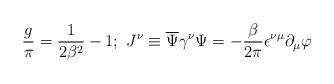
LaTeX: \begin{align*}\frac{g}{\pi }=\frac{1}{2\beta ^{2}}-1;\ J^{\nu }\equiv \overline{\Psi }\gamma ^{\nu }\Psi =-\frac{\beta }{2\pi }\epsilon ^{\nu \mu }\partial _{\mu}\varphi \end{align*}